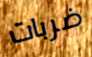
ضربات